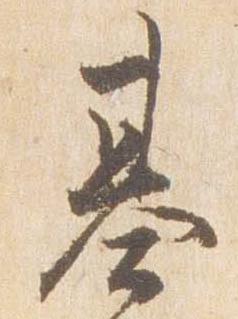
基